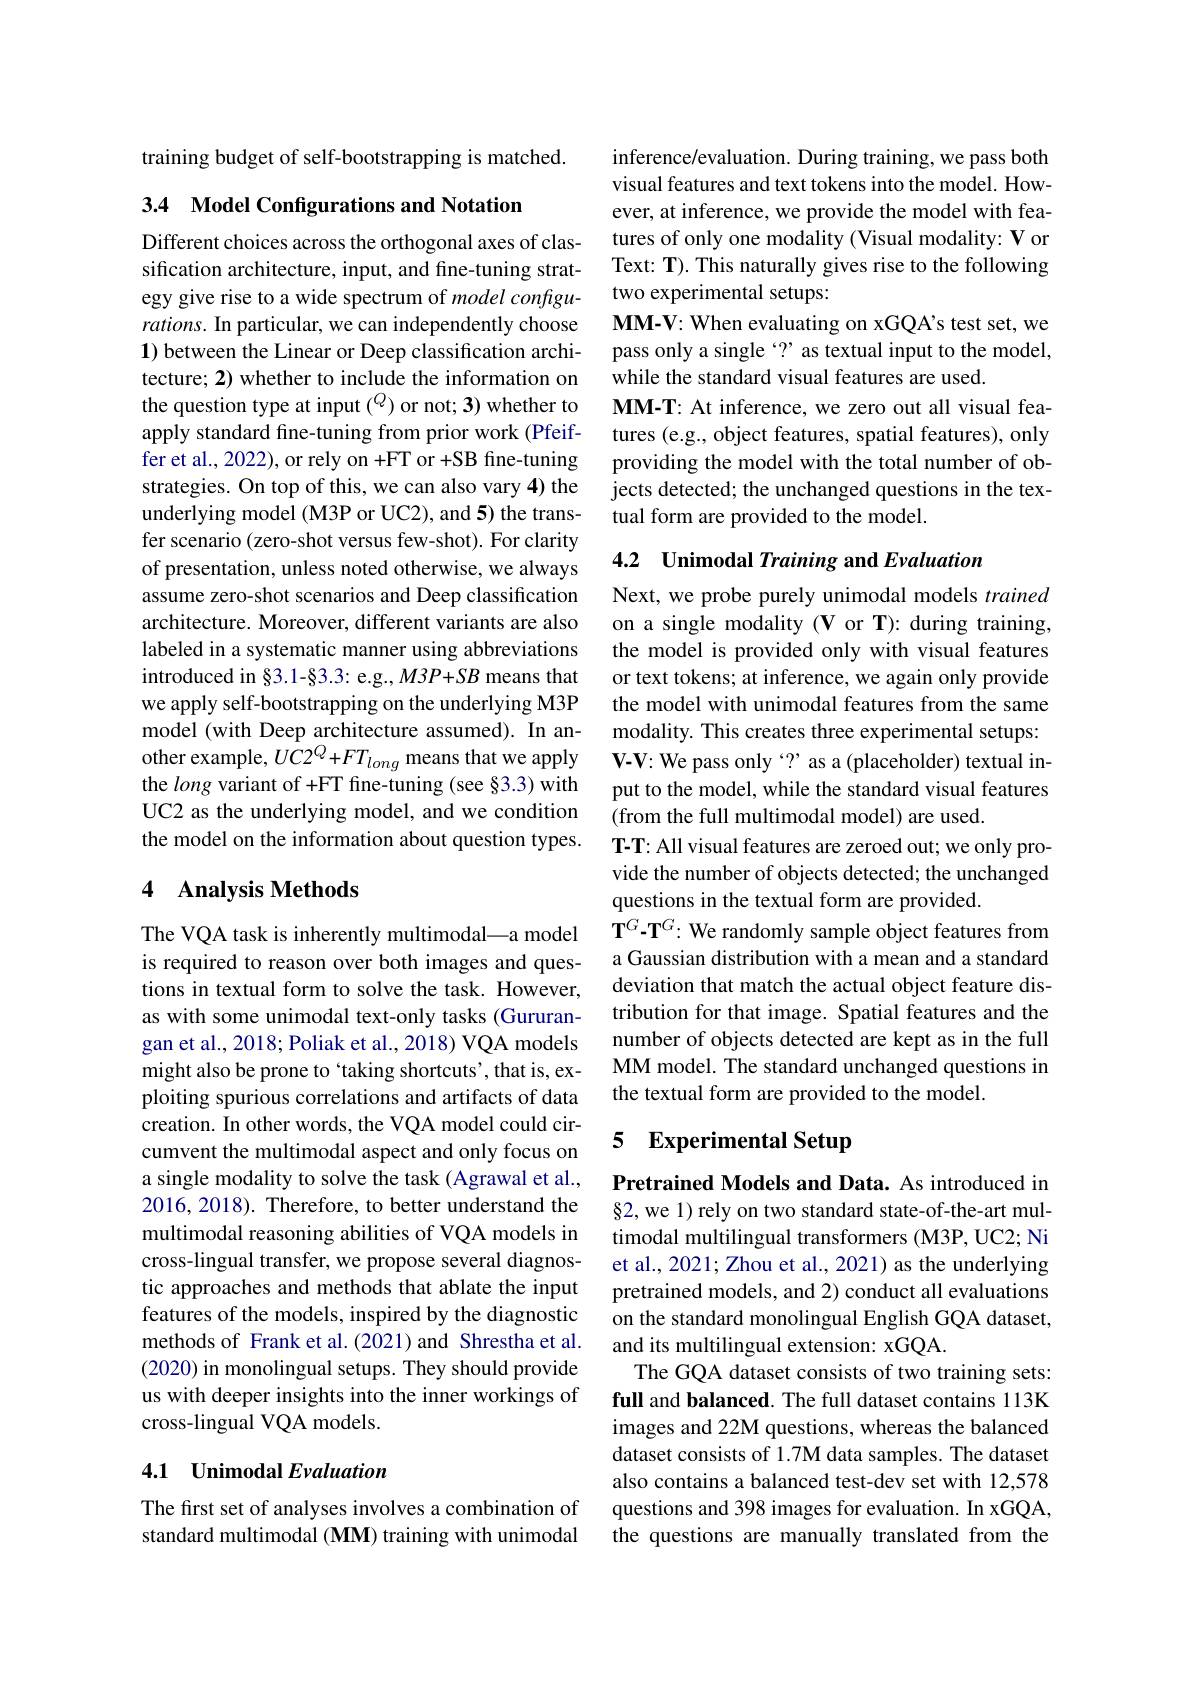
training budget of self-bootstrapping is matched.

3.4 Model Configurations and Notation

Different choices across the orthogonal axes of classification architecture, input, and fine-tuning strategy give rise to a wide spectrum of model configurations. In particular, we can independently choose 1) between the Linear or Deep classification architecture; 2) whether to include the information on the question type at input $(^Q)$ or not; 3) whether to apply standard fine-tuning from prior work (Pfeiffer et al., 2022), or rely on +FT or +SB fine-tuning strategies. On top of this, we can also vary 4) the underlying model (M3P or UC2), and 5) the transfer scenario (zero-shot versus few-shot). For clarity of presentation, unless noted otherwise, we always assume zero-shot scenarios and Deep classification architecture. Moreover, different variants are also labeled in a systematic manner using abbreviations introduced in §3.1-§3.3: e.g., M3P+SB means that we apply self-bootstrapping on the underlying M3P model (with Deep architecture assumed). In another example, $UC2^Q+FT_{long}$ means that we apply the long variant of +FT fine-tuning (see §3.3) with UC2 as the underlying model, and we condition the model on the information about question types.

## 4 Analysis Methods

The VQA task is inherently multimodal\_a model is required to reason over both images and questions in textual form to solve the task. However, as with some unimodal text-only tasks (Gururangan et al., 2018; Poliak et al., 2018) VQA models might also be prone to `taking shortcuts', that is, exploiting spurious correlations and artifacts of data creation. In other words, the VQA model could circumvent the multimodal aspect and only focus on a single modality to solve the task (Agrawal et al., 2016, 2018). Therefore, to better understand the multimodal reasoning abilities of VQA models in cross-lingual transfer, we propose several diagnostic approaches and methods that ablate the input features of the models, inspired by the diagnostic methods of Frank et al.(2021) and Shrestha et al. (2020) in monolingual setups. They should provide us with deeper insights into the inner workings of cross-lingual VQA models.

## 4.1 Unimodal Evaluation

The first set of analyses involves a combination of standard multimodal (MM) training with unimodal

inference/evaluation. During training, we pass both visual features and text tokens into the model. However, at inference, we provide the model with features of only one modality (Visual modality: V or Text: T). This naturally gives rise to the following two experimental setups:
MM-V: When evaluating on xGQA's test set, we pass only a single $`?$ as textual input to the model, while the standard visual features are used.
$\mathbf{MM-T:~At~inference,~we~zero~out~all~visual~fea-}$ tures (e.g., object features, spatial features), only providing the model with the total number of objects detected; the unchanged questions in the textual form are provided to the model.

4.2 Unimodal Training and Evaluation

Next, we probe purely unimodal models trained on a single modality (V or T): during training, the model is provided only with visual features or text tokens; at inference, we again only provide the model with unimodal features from the same modality. This creates three experimental setups: $\mathbf{V-V:We~pass~only~?~as~a~(placeholder)~textual~in-}$ put to the model, while the standard visual features (from the full multimodal model) are used.
T-T: All visual features are zeroed out; we only provide the number of objects detected; the unchanged questions in the textual form are provided.
$\mathbf{T}^G\mathbf{-T}^G{:}$ We randomly sample object features from a Gaussian distribution with a mean and a standard deviation that match the actual object feature distribution for that image. Spatial features and the number of objects detected are kept as in the full MM model. The standard unchanged questions in the textual form are provided to the model.

### 5 Experimental Setup

Pretrained Models and Data. As introduced in $\S2$, we 1) rely on two standard state-of-the-art multimodal multilingual transformers (M3P, UC2; Ni et al., 2021; Zhou et al., 2021) as the underlying pretrained models, and 2) conduct all evaluations on the standard monolingual English GQA dataset, and its multilingual extension: xGQA.
The GQA dataset consists of two training sets: full and balanced. The full dataset contains 113K images and 22M questions, whereas the balanced dataset consists of 1.7M data samples. The dataset also contains a balanced test-dev set with 12,578 questions and 398 images for evaluation. In xGQA, the questions are manually translated from the